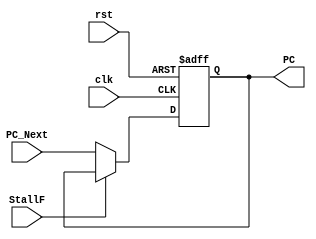
module PC(clk,rst,StallF,PC_Next,PC);
    input clk,rst,StallF;
    input [31:0]PC_Next;
    output reg [31:0]PC;
    //reg [31:0]PC;

    always @(posedge clk or posedge rst)
    begin
        if(rst)
            PC <= 32'h00000000;
        else if(~StallF)
            PC <= PC_Next;
    end
endmodule

module PC_Adder(a,b,out);

    input [31:0]a,b;
    output [31:0]out;

    assign out = a + b;
    
endmodule